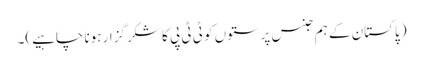
( پاکستان کے ہم جنس پرستوں کو ٹی ٹی پی کا شکر گزار ہونا چاہیے)۔